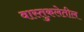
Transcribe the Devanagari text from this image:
वास्तुकलेतील